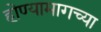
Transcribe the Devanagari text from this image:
होण्यामागच्या